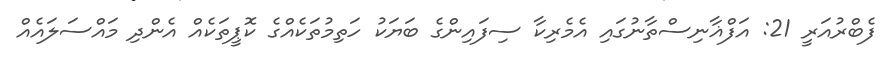
ފެބްރުއަރީ 21: އަފްޣާނިސްތާނުގައި އެމެރިކާ ސިފައިންގެ ބަޔަކު ހަތިމުތަކެއްގެ ކޮޕީތަކެއް އެންދި މައްސަލައެއް